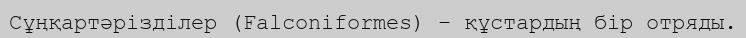
Сұңқартәрізділер (Falconiformes) – құстардың бір отряды.